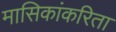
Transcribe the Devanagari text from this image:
मासिकांकरिता